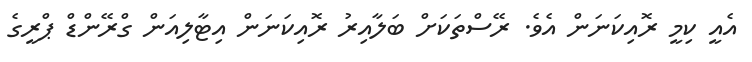
އެއީ ކިމީ ރޮއިކަނަން އެވެ. ރޭސްތަކަށް ބަލާއިރު ރޮއިކަނަން އިޓާލިއަން ގްރޭންޑް ޕްރީގެ